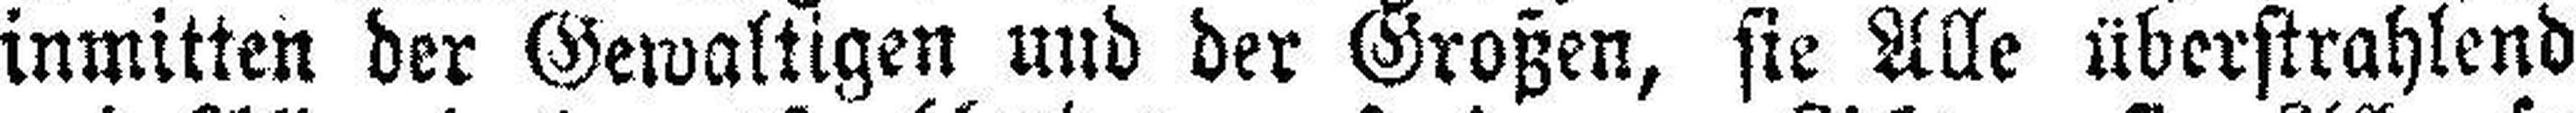
inmitten der Gewaltigen und der Großen, sie Alle überstrahlend